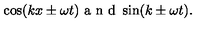
\cos ( k x \pm \omega t ) \textrm { a n d } \sin ( k \pm \omega t ) .